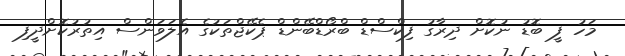
މަހު ފީ ބޮޑު ނުކޮށް ދިރާގު ފިކްސްޑް ބްރޯޑްބޭންޑް ޕެކޭޖްތަކުގެ އެލަވަންސް އިތުރުކޮށްދީފި